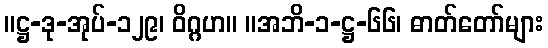
။ဋ္ဌ-ဒု-အုပ်-၁၂၉၊ ဝိဂ္ဂဟ။ ။အဘိ-၁-ဋ္ဌ-၆၆၊ ဓာတ်တော်များ